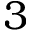
3